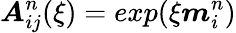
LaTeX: \boldsymbol{A}_{ij}^{n}(\xi)=exp(\xi\boldsymbol{m}_{i}^{n})